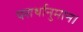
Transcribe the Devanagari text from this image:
परार्थानुमान।